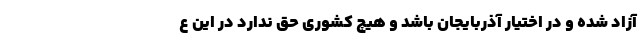
آزاد شده و در اختیار آذربایجان باشد و هیچ کشوری حق ندارد در این ع